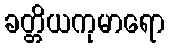
ခတ္တိယကုမာရော